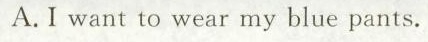
A.I want to wear my blue pants.